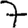
Digit: 7